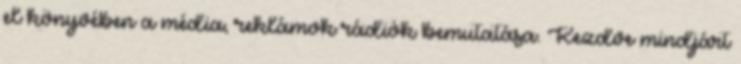
el könyvében a média, reklámok rádiók bemutatása. Kezdve mindjárt